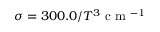
\sigma = 3 0 0 . 0 / T ^ { 3 } \mathrm { ~ c ~ m ~ } ^ { - 1 }